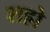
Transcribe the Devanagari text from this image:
शह्रो